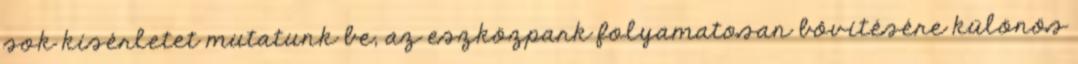
sok kísérletet mutatunk be, az eszközpark folyamatosan bôvítésére különös